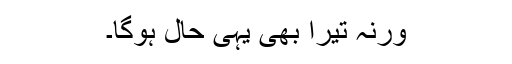
ورنہ تیرا بھی یہی حال ہوگا۔